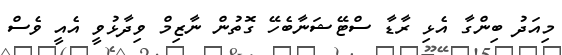
މިއަދު ބިންގާ އެޅި ރާޑާ ސްޓޭޝަނާބެހޭ ގޮތުން ނާޒިމް ވިދާޅުވީ އެއީ ވެސް